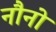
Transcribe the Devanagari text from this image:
नौनो